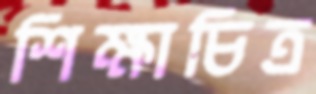
শিক্ষাচিত্র